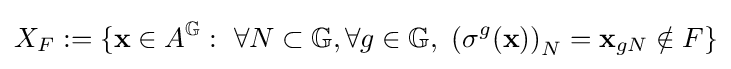
X_{F}:=\{\mathbf {x} \in A^{\mathbb {G} }:\ \forall N\subset \mathbb {G} ,\forall g\in \mathbb {G} ,\ \left(\sigma ^{g}(\mathbf {x} )\right)_{N}=\mathbf {x} _{gN}\notin F\}